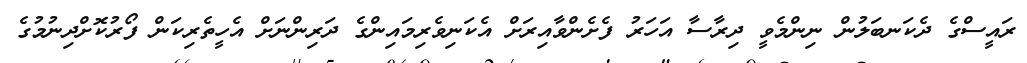
ރައީސްގެ ދެކަނބަލުން ނިންމެވީ ދިރާސާ އަަހަރު ފެށެންވާއިރަށް އެކަނިވެރިމައިންގެ ދަރިންނަށް އެހީތެރިކަން ފޯރުކޮށްދިނުމުގެ